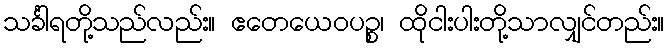
သင်္ခါရတို့သည်လည်း။ ဧတေယေဝပဉ္စ၊ ထိုငါးပါးတို့သာလျှင်တည်း။